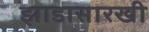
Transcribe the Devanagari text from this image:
झाडासारखी